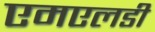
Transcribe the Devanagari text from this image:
एमएलडी